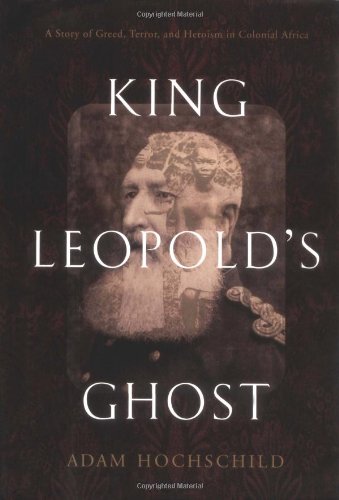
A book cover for King Leopold's Ghost: A Story of Greed, Terror, and Heroism in Colonial Africa; Adam Hochschild; History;